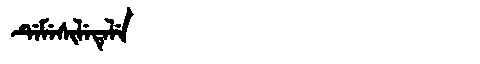
Manchu: ᡩᡝᠮᡝᠰᡳᠯᡝᡨᡝᠯᡝ
Romanization: DEMESILETELE